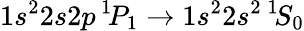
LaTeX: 1s^{2}2s2p\, ^{1\! }P_{1}\rightarrow 1s^{2}2s^{2}\, ^{1\! }S_{0}